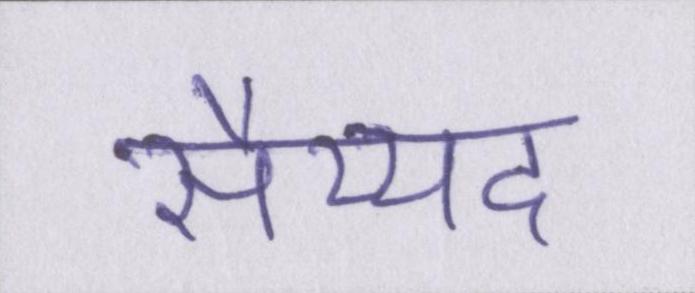
सैय्यद